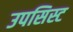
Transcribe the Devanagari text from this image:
उपसिस्ट